Statistics of inoculations with Haffkine's anti-plague vaccine 1897-1900
Year: 1897
Disease focus: Plague
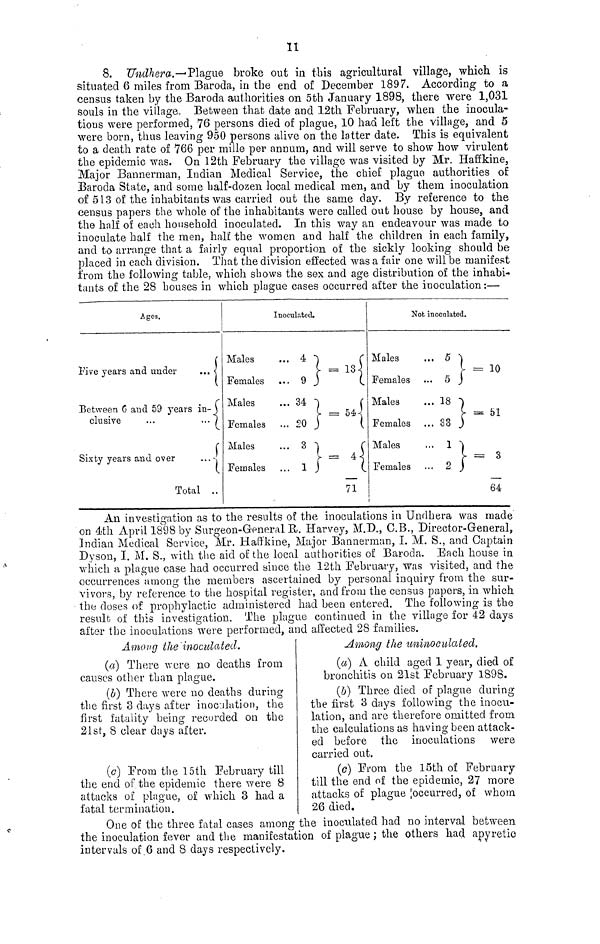
11
8. Undhera.- Plague broke out in this agricultural village, which is
situated 6 miles from Baroda, in the end of December 1897. According to a
census taken by the Baroda authorities on 5th January 1898, there were 1,031
souls in the village. Between that date and 12th February, when the inocula-
tions were performed, 76 persons died of plague, 10 had left the village, and 5
were born, thus leaving 950 persons alive on the latter date. This is equivalent
to a death rate of 766 per mille per annum, and will serve to show how virulent
the epidemic was. On 12th February the village was visited by Mr. Haffkine,
Major Bannerman, Indian Medical Service, the chief plague authorities of
Baroda State, and some half-dozen local medical men, and by them inoculation
of 513 of the inhabitants was carried out the same day. By reference to the
census papers the whole of the inhabitants were called out house by house, and
the half of each household inoculated. In this way an endeavour was made to
inoculate half the men, half the women and half the children in each family,
and to arrange that a fairly equal proportion of the sickly looking should be
placed in each division. That the division effected was a fair one will be manifest
from the following table, which shows the sex and age distribution of the inhabi-
tants of the 28 houses in which plague cases occurred after the inoculation:—
Ages.
Five years and under
... {
Between 6 and 59 years in {
elusive
...
... {
{
Sixty years and over ... {
Total ..
Males
Females
Males
Females
Males
Females
Inoculated.
... 4 }
{
} =13 {
... 9
}
C
... 34
}
{
=54
{ = 20 }
... 20
3}
{
. . . 1}= 4
71
Males
Females
Males
Females
Males
Females
Not inoculated.
...5 }
... 5 }
... 18 }
... 33 }
... 1 }
... 2}
= 10
=54
= 3
64
An investigation as to the results of the inoculations in Undhera was made
on 4th April 1898 by Surgeon-General R,. Harvey, M.D., C.B., Director-General,
Indian Medical Service, Mr. Haffkine, Major Bannerman, I. M. S., and Captain
Dyson, I. M. S., with the aid of the local authorities of Baroda. Each house in
which a plague case had occurred since the 12th February, was visited, and the
occurrences among the members ascertained by personal inquiry from the sur-
vivors, by reference to the hospital register, and from the census papers, in which
the doses of prophylactic administered had been entered. The following is the
result of this investigation. The plague continued in the village for 42 days
after the inoculations were performed, and affected 28 families.
Among the inoculated.
(a) There were no deaths from
causes other than plague.
(b) There were no deaths during
the first 8 days after inoculation, the
first fatality being recorded on the
21st, 8 clear days after.
(c) From the 15th February till
the end of the epidemic there were 8
attacks of plague, of which 3 had a
fatal termination.
Among the uninoculated.
(a) A child aged 1 year, died of
bronchitis on 21st February 1898.
(o) Three died of plague during
the first 3 days following the inocu-
lation, and are therefore omitted from
the calculations as having been attack-
ed before the inoculations were
carried out.
(c) From the 15th of February
till the end of the epidemic, 27 more
attacks of plague [occurred, of whom
26 died.
One of the three fatal cases among the inoculated had no interval between
the inoculation fever and the manifestation of plague ; the others had apyretic
intervals of 6 and 8 days respectively.